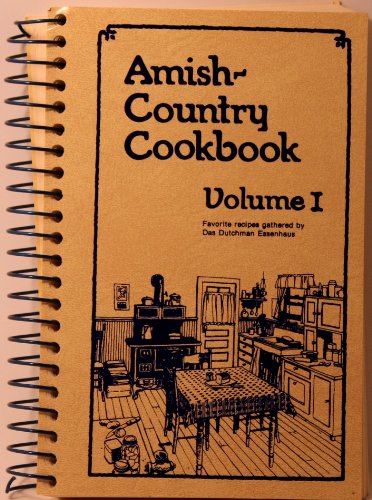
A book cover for Amish-Country Cookbook, Vol. 1; Cookbooks, Food & Wine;